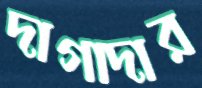
দাগাদার